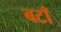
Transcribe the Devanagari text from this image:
बटाँ